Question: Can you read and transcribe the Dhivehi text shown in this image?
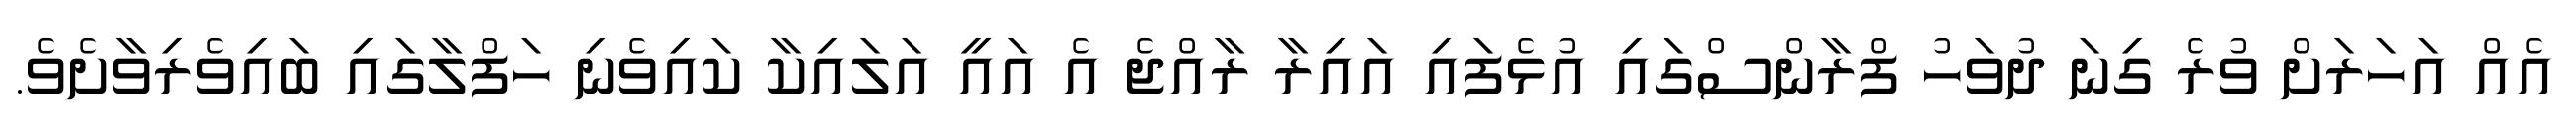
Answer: އެއް އަހަރަށް ވުރެ ގިނަ ދުވަހު ފްރާންސްގައި އުޅެފައި އައިރާ ރާއްޖެ އެ އައީ އަލައިކާ ކައިވެނި ހަފްލާގައި ބައިވެރިވާށެވެ.